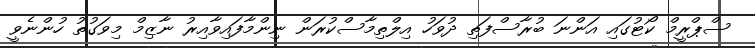
ސްޕްރީމް ކޯޓުގައި އަންނަ ބުރާސްފަތި ދުވަހު އިލްތިމާސްކުރަން ނިންމާފައިވާއިރު ނާޒިމް މިވަގުތު ހުންނެވީ